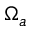
\Omega _ { a }